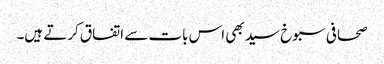
صحافی سبوخ سید بھی اس بات سے اتفاق کرتے ہیں۔